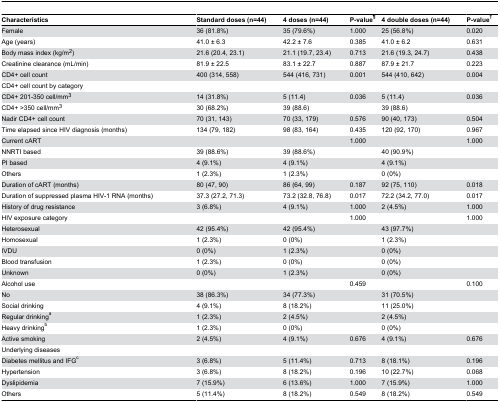
<table><thead><tr><td><b>Characteristics</b></td><td><b>Standard doses (n=44)</b></td><td><b>4 doses (n=44)</b></td><td><b>P-value<sup>¶</sup></b></td><td><b>4 double doses (n=44)</b></td><td><b>P-value<sup>†</sup></b></td></tr></thead><tbody><tr><td>Female</td><td>36 (81.8%)</td><td>35 (79.6%)</td><td>1.000</td><td>25 (56.8%)</td><td>0.020</td></tr><tr><td>Age (years)</td><td>41.0 ± 6.3</td><td>42.2 ± 7.6</td><td>0.385</td><td>41.0 ± 6.2</td><td>0.631</td></tr><tr><td>Body mass index (kg/m<sup>2</sup>)</td><td>21.6 (20.4, 23.1)</td><td>21.1 (19.7, 23.4)</td><td>0.713</td><td>21.6 (19.3, 24.7)</td><td>0.438</td></tr><tr><td>Creatinine clearance (mL/min)</td><td>81.9 ± 22.5</td><td>83.1 ± 22.7</td><td>0.887</td><td>87.9 ± 21.7</td><td>0.223</td></tr><tr><td>CD4+ cell count</td><td>400 (314, 558)</td><td>544 (416, 731)</td><td>0.001</td><td>544 (410, 642)</td><td>0.004</td></tr><tr><td>CD4+ cell count by category</td><td></td><td></td><td></td><td></td><td></td></tr><tr><td> CD4+ 201-350 cell/mm<sup>3</sup></td><td>14 (31.8%)</td><td>5 (11.4)</td><td>0.036</td><td>5 (11.4)</td><td>0.036</td></tr><tr><td> CD4+ &gt;350 cell/mm<sup>3</sup></td><td>30 (68.2%)</td><td>39 (88.6)</td><td></td><td>39 (88.6)</td><td></td></tr><tr><td>Nadir CD4+ cell count</td><td>70 (31, 143)</td><td>70 (33, 179)</td><td>0.576</td><td>90 (40, 173)</td><td>0.504</td></tr><tr><td>Time elapsed since HIV diagnosis (months)</td><td>134 (79, 182)</td><td>98 (83, 164)</td><td>0.435</td><td>120 (92, 170)</td><td>0.967</td></tr><tr><td>Current cART</td><td></td><td></td><td>1.000</td><td></td><td>1.000</td></tr><tr><td> NNRTI based</td><td>39 (88.6%)</td><td>39 (88.6%)</td><td></td><td>40 (90.9%)</td><td></td></tr><tr><td> PI based</td><td>4 (9.1%)</td><td>4 (9.1%)</td><td></td><td>4 (9.1%)</td><td></td></tr><tr><td> Others</td><td>1 (2.3%)</td><td>1 (2.3%)</td><td></td><td>0 (0%)</td><td></td></tr><tr><td>Duration of cART (months)</td><td>80 (47, 90)</td><td>86 (64, 99)</td><td>0.187</td><td>92 (75, 110)</td><td>0.018</td></tr><tr><td>Duration of suppressed plasma HIV-1 RNA (months)</td><td>37.3 (27.2, 71.3)</td><td>73.2 (32.8, 76.8)</td><td>0.017</td><td>72.2 (34.2, 77.0)</td><td>0.017</td></tr><tr><td>History of drug resistance</td><td>3 (6.8%)</td><td>4 (9.1%)</td><td>1.000</td><td>2 (4.5%)</td><td>1.000</td></tr><tr><td>HIV exposure category</td><td></td><td></td><td>1.000</td><td></td><td>1.000</td></tr><tr><td> Heterosexual</td><td>42 (95.4%)</td><td>42 (95.4%)</td><td></td><td>43 (97.7%)</td><td></td></tr><tr><td> Homosexual</td><td>1 (2.3%)</td><td>0 (0%)</td><td></td><td>1 (2.3%)</td><td></td></tr><tr><td> IVDU</td><td>0 (0%)</td><td>1 (2.3%)</td><td></td><td>0 (0%)</td><td></td></tr><tr><td> Blood transfusion</td><td>1 (2.3%)</td><td>0 (0%)</td><td></td><td>0 (0%)</td><td></td></tr><tr><td> Unknown</td><td>0 (0%)</td><td>1 (2.3%)</td><td></td><td>0 (0%)</td><td></td></tr><tr><td>Alcohol use</td><td></td><td></td><td>0.459</td><td></td><td>0.100</td></tr><tr><td> No</td><td>38 (86.3%)</td><td>34 (77.3%)</td><td></td><td>31 (70.5%)</td><td></td></tr><tr><td> Social drinking</td><td>4 (9.1%)</td><td>8 (18.2%)</td><td></td><td>11 (25.0%)</td><td></td></tr><tr><td> Regular drinking<sup>a</sup></td><td>1 (2.3%)</td><td>2 (4.5%)</td><td></td><td>2 (4.5%)</td><td></td></tr><tr><td> Heavy drinking<sup>b</sup></td><td>1 (2.3%)</td><td>0 (0%)</td><td></td><td>0 (0%)</td><td></td></tr><tr><td>Active smoking </td><td>2 (4.5%)</td><td>4 (9.1%)</td><td>0.676</td><td>4 (9.1%)</td><td>0.676</td></tr><tr><td>Underlying diseases</td><td></td><td></td><td></td><td></td><td></td></tr><tr><td> Diabetes mellitus and IFG<sup>c</sup></td><td>3 (6.8%)</td><td>5 (11.4%)</td><td>0.713</td><td>8 (18.1%)</td><td>0.196</td></tr><tr><td> Hypertension</td><td>3 (6.8%)</td><td>8 (18.2%)</td><td>0.196</td><td>10 (22.7%)</td><td>0.068</td></tr><tr><td> Dyslipidemia</td><td>7 (15.9%)</td><td>6 (13.6%)</td><td>1.000</td><td>7 (15.9%)</td><td>1.000</td></tr><tr><td> Others</td><td>5 (11.4%)</td><td>8 (18.2%)</td><td>0.549</td><td>8 (18.2%)</td><td>0.549</td></tr></tbody></table>